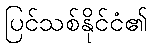
ပြင်သစ်နိုင်ငံ၏